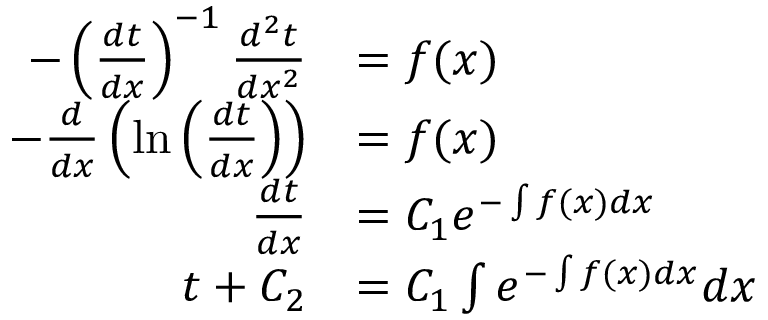
{ \begin{array} { r l } { - \left( { \frac { d t } { d x } } \right) ^ { - 1 } { \frac { d ^ { 2 } t } { d x ^ { 2 } } } } & { = f ( x ) } \\ { - { \frac { d } { d x } } \left( \ln \left( { \frac { d t } { d x } } \right) \right) } & { = f ( x ) } \\ { { \frac { d t } { d x } } } & { = C _ { 1 } e ^ { - \int f ( x ) d x } } \\ { t + C _ { 2 } } & { = C _ { 1 } \int e ^ { - \int f ( x ) d x } d x } \end{array} }